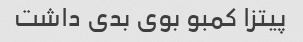
پیتزا کمبو بوی بدی داشت